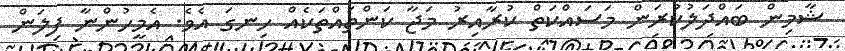
ޝާމިން ބައްދަލުކުރަން މަސައްކަތް ކުރާއިރު މަޖާ ކަންތައްތަކެއް ހިނގަ އެވެ. އެމީހުންނާ ފިލަން